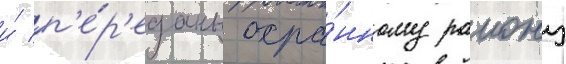
и́ п'е́р'еданы охра́нному раиону